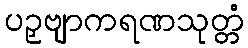
ပဉှဗျာကရဏသုတ္တံ